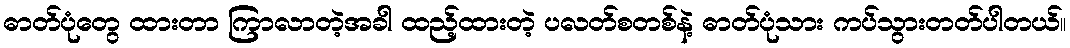
ဓာတ်ပုံတွေ ထားတာ ကြာလာတဲ့အခါ ထည့်ထားတဲ့ ပလတ်စတစ်နဲ့ ဓာတ်ပုံသား ကပ်သွားတတ်ပါတယ်။